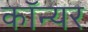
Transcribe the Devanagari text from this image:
कॉन्यर